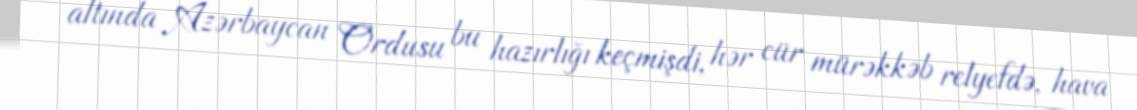
altında Azərbaycan Ordusu bu hazırlığı keçmişdi, hər cür mürəkkəb relyefdə, hava